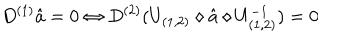
D ^ { ( 1 ) } \hat { a } = 0 \Leftrightarrow D ^ { ( 2 ) } ( U _ { ( 1 , 2 ) } \diamond \hat { a } \diamond U _ { ( 1 , 2 ) } ^ { - 1 } ) = 0